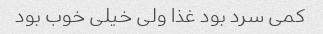
کمی سرد بود غذا ولی خیلی خوب بود